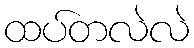
ထပ်တလဲလဲ